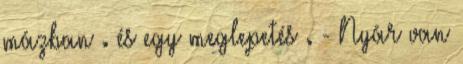
mázban . és egy meglepetés . - Nyár van